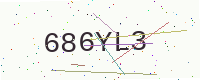
Text: 686YL3